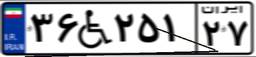
۱۶W۸۳۲۹۸